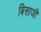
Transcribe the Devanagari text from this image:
बिसाजी